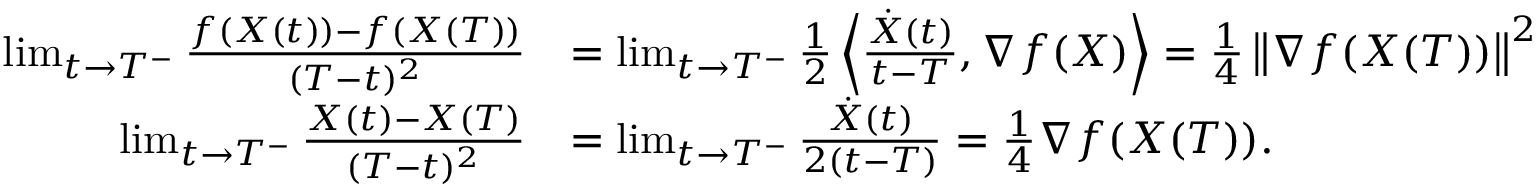
\begin{array} { r l } { \operatorname* { l i m } _ { t \rightarrow T ^ { - } } \frac { f ( X ( t ) ) - f ( X ( T ) ) } { ( T - t ) ^ { 2 } } } & { = \operatorname* { l i m } _ { t \rightarrow T ^ { - } } \frac { 1 } { 2 } \left\langle \frac { \dot { X } ( t ) } { t - T } , \nabla f ( X ) \right\rangle = \frac { 1 } { 4 } \left\Vert \nabla f ( X ( T ) ) \right\Vert ^ { 2 } } \\ { \operatorname* { l i m } _ { t \rightarrow T ^ { - } } \frac { X ( t ) - X ( T ) } { ( T - t ) ^ { 2 } } } & { = \operatorname* { l i m } _ { t \rightarrow T ^ { - } } \frac { \dot { X } ( t ) } { 2 ( t - T ) } = \frac { 1 } { 4 } \nabla f ( X ( T ) ) . } \end{array}